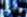
لمنظمة